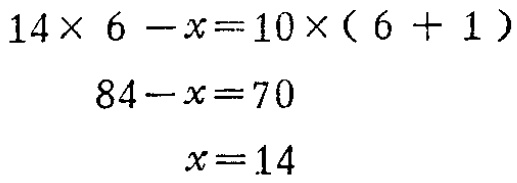
\[

\begin{align*}

14\times 6 - x&=10\times(6 + 1)\\

84 - x&=70\\

x&=14

\end{align*}

\]